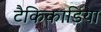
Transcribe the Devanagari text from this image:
टैकिकार्डिया